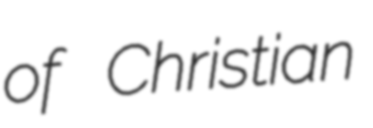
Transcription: of Christian